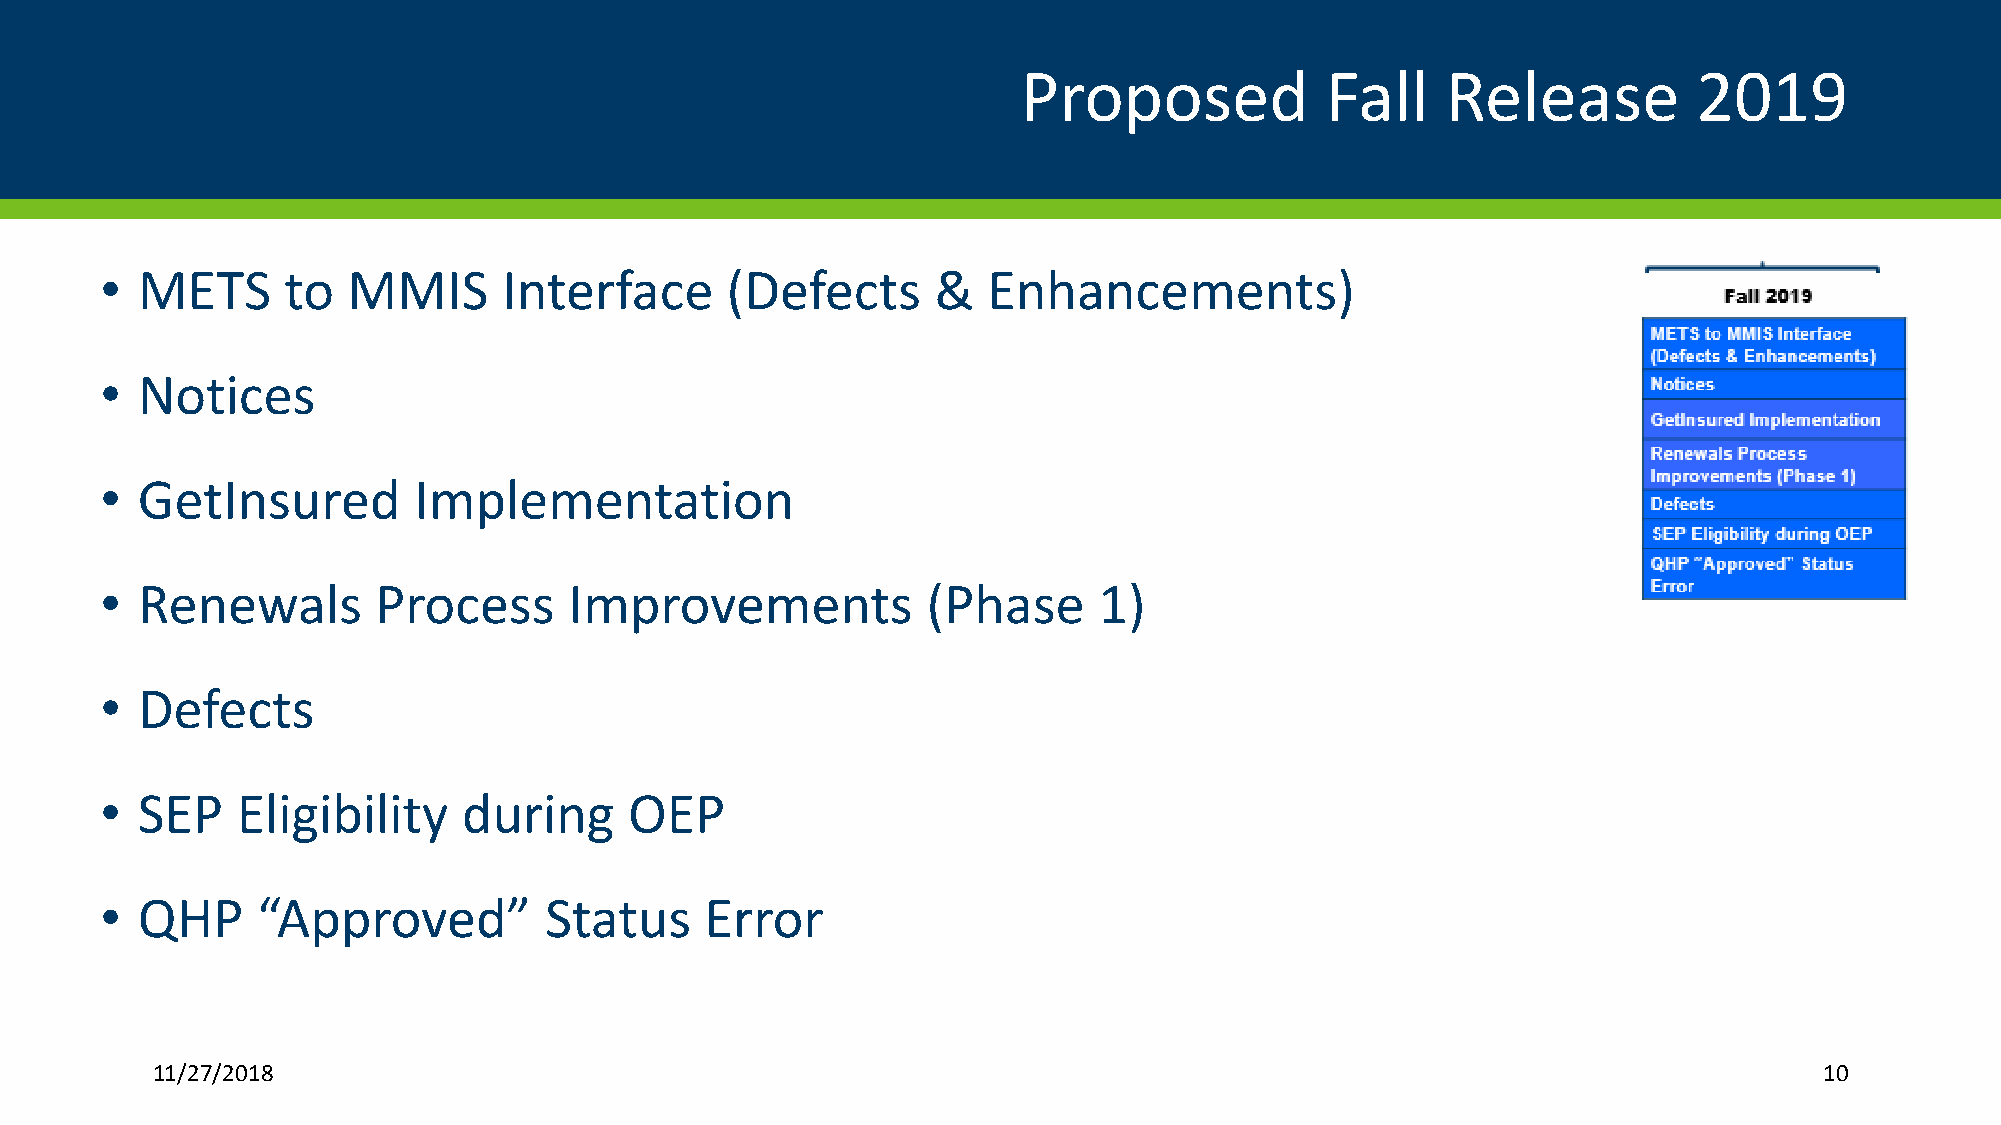
Proposed            Fall    Release         2019
 • METS      to  MMIS      Interface      (Defects      &  Enhancements)
 • Notices
 • GetInsured        Implementation
 • Renewals        Process      Improvements           (Phase      1)
 • Defects
 • SEP    Eligibility    during     OEP
 • QHP     “Approved”         Status     Error
 11/27/2018                                                                                                     10